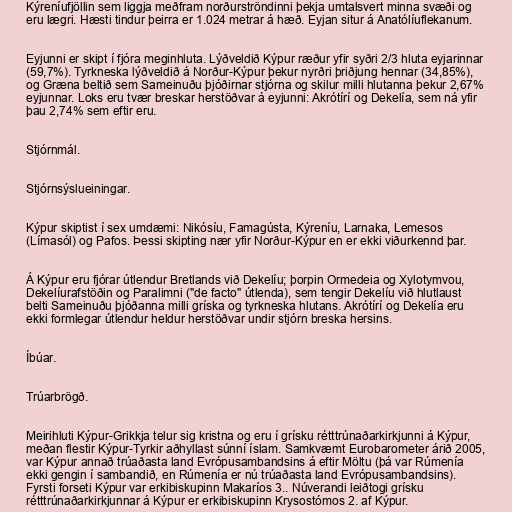
Kýreníufjöllin sem liggja meðfram norðurströndinni þekja umtalsvert minna svæði og
eru lægri. Hæsti tindur þeirra er 1.024 metrar á hæð. Eyjan situr á Anatólíuflekanum.

Eyjunni er skipt í fjóra meginhluta. Lýðveldið Kýpur ræður yfir syðri 2/3 hluta eyjarinnar
(59,7%). Tyrkneska lýðveldið á Norður-Kýpur þekur nyrðri þriðjung hennar (34,85%),
og Græna beltið sem Sameinuðu þjóðirnar stjórna og skilur milli hlutanna þekur 2,67%
eyjunnar. Loks eru tvær breskar herstöðvar á eyjunni: Akrótírí og Dekelía, sem ná yfir
þau 2,74% sem eftir eru.

Stjórnmál.

Stjórnsýslueiningar.

Kýpur skiptist í sex umdæmi: Nikósíu, Famagústa, Kýreníu, Larnaka, Lemesos
(Límasól) og Pafos. Þessi skipting nær yfir Norður-Kýpur en er ekki viðurkennd þar.

Á Kýpur eru fjórar útlendur Bretlands við Dekelíu; þorpin Ormedeia og Xylotymvou,
Dekelíurafstöðin og Paralimni ("de facto" útlenda), sem tengir Dekelíu við hlutlaust
belti Sameinuðu þjóðanna milli gríska og tyrkneska hlutans. Akrótírí og Dekelía eru
ekki formlegar útlendur heldur herstöðvar undir stjórn breska hersins.

Íbúar.

Trúarbrögð.

Meirihluti Kýpur-Grikkja telur sig kristna og eru í grísku rétttrúnaðarkirkjunni á Kýpur,
meðan flestir Kýpur-Tyrkir aðhyllast súnní íslam. Samkvæmt Eurobarometer árið 2005,
var Kýpur annað trúaðasta land Evrópusambandsins á eftir Möltu (þá var Rúmenía
ekki gengin í sambandið, en Rúmenía er nú trúaðasta land Evrópusambandsins).
Fyrsti forseti Kýpur var erkibiskupinn Makaríos 3.. Núverandi leiðtogi grísku
rétttrúnaðarkirkjunnar á Kýpur er erkibiskupinn Krysostómos 2. af Kýpur.